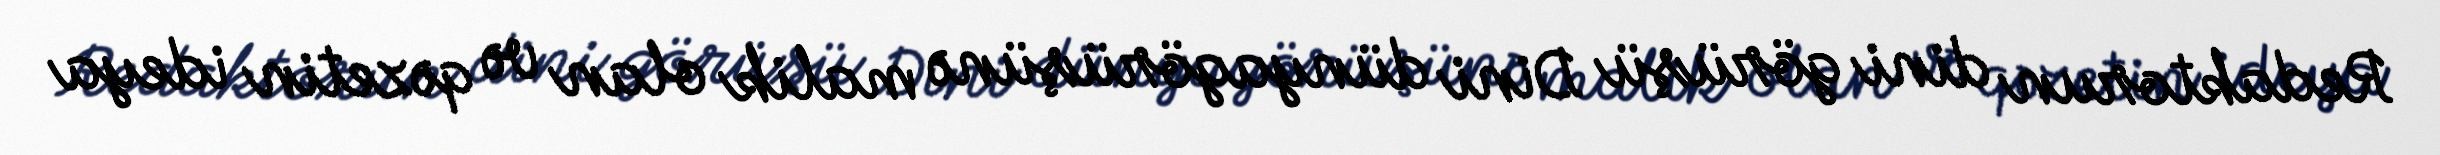
Redaktorun dini görüşü Dini dünyagörüşünə malik olan və qəzetin ideya